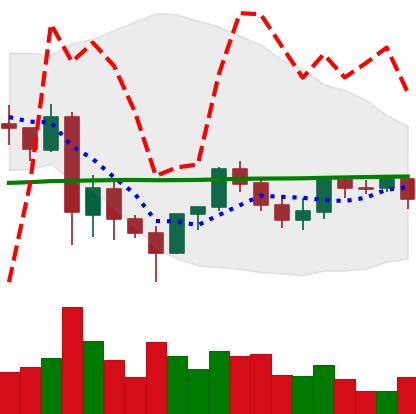
Ticker: LINK-USD
Chart end date: 2021-06-04
Forward return: -11.45%
Label: down_7plus